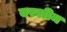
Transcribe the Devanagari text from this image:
वरसीम